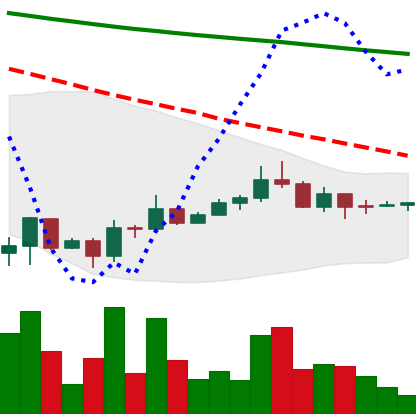
Ticker: DOGE-USD
Chart end date: 2022-07-03
Forward return: 3.093%
Label: up_3_5